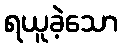
ရယူခဲ့သော